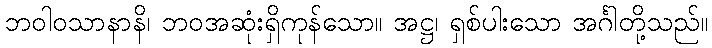
ဘဝါဝသာနာနိ၊ ဘဝအဆုံးရှိကုန်သော။ အဋ္ဌ၊ ရှစ်ပါးသော အင်္ဂါတို့သည်။